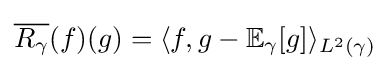
{\overline {R_{\gamma }}}(f)(g)=\langle f,g-\mathbb {E} _{\gamma }[g]\rangle _{L^{2}(\gamma )}